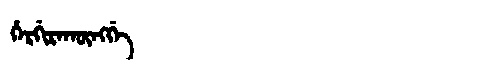
Manchu: ᡥᡝᡵᡤᡳᡵᠠᡴᡡᠩᡤᡝ
Romanization: HERGIRAKŪNGGE